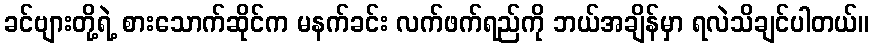
ခင်ဗျားတို့ရဲ့ စားသောက်ဆိုင်က မနက်ခင်း လက်ဖက်ရည်ကို ဘယ်အချိန်မှာ ရလဲသိချင်ပါတယ်။